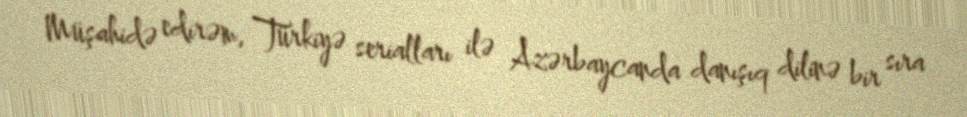
Müşahidə edirəm, Türkiyə serialları ilə Azərbaycanda danışıq dilinə bir sıra